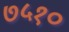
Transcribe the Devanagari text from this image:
७५१०